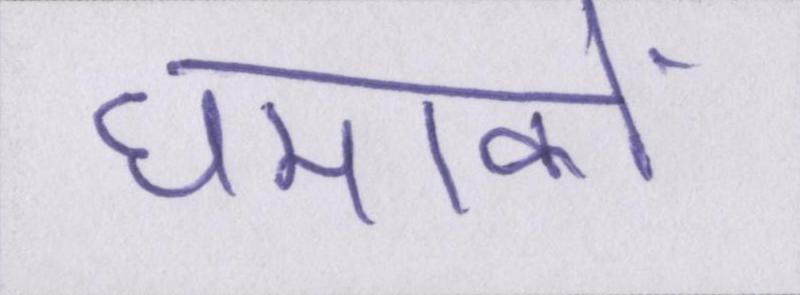
धमाकों